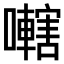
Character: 𫬭